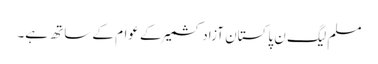
مسلم لیگ ن پاکستان آزادکشمیر کے عوام کے ساتھ ہے۔